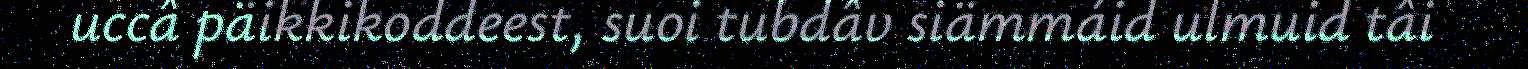
uccâ päikkikoddeest, suoi tubdâv siämmáid ulmuid tâi